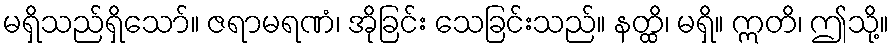
မရှိသည်ရှိသော်။ ဇရာမရဏံ၊ အိုခြင်း သေခြင်းသည်။ နတ္ထိ၊ မရှိ။ ဣတိ၊ ဤသို့။